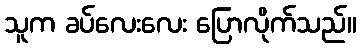
သူက ခပ်လေးလေး ပြောလိုက်သည်။